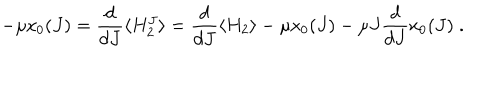
- \mu \mathrm { x } _ { 0 } ( J ) = \frac { d } { d J } \langle H _ { 2 } ^ { J } \rangle = \frac { d } { d J } \langle H _ { 2 } \rangle - \mu \mathrm { x } _ { 0 } ( J ) - \mu J \frac { d } { d J } \mathrm { x } _ { 0 } ( J ) \; .